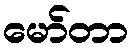
မော်တာ